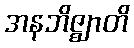
အနဘိဇ္ဈာတိ